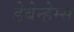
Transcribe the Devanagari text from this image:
डेबेन्हेम्स